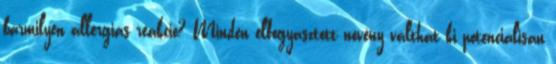
bármilyen allergiás reakció? Minden elfogyasztott növény válthat ki potenciálisan